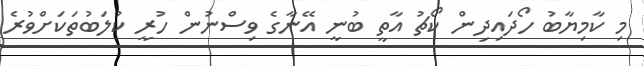
މި ކާމިޔާބު ހޯދައިދިން ކޯޗު އާތީ ބުނީ އޭނާގެ ވިސްނުން ހުރީ ކުލަބުތަކަށްވުރެ